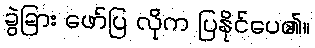
ခွဲခြား ဖော်ပြ လိုက ပြနိုင်ပေ၏။